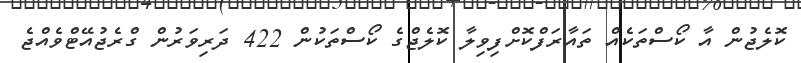
ކޮލެޖުން އާ ކޯސްތަކެއް ތައާރަފްކޮށްފިވިލާ ކޮލެޖްގެ ކޯސްތަކުން 422 ދަރިވަރުން ގްރެޖުއޭޓްވެއްޖެ